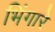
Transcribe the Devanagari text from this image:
भिंगारे